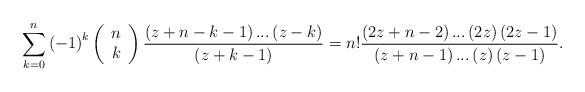
LaTeX: \begin{align*}\sum_{k=0}^{n}\left( -1\right) ^{k}\left( \begin{array}{c}n \\ k\end{array}\right) \frac{\left( z+n-k-1\right) ...\left( z-k\right) }{\left(z+k-1\right) }=n!\frac{\left( 2z+n-2\right) ...\left( 2z\right) \left(2z-1\right) }{\left( z+n-1\right) ...\left( z\right) \left( z-1\right) }.\end{align*}